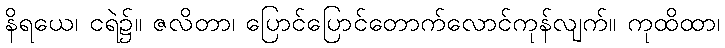
နိရယေ၊ ငရဲ၌။ ဇလိတာ၊ ပြောင်ပြောင်တောက်လောင်ကုန်လျက်။ ကုထိထာ၊